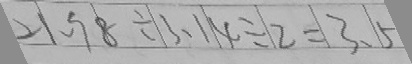
2 1 . 9 8 \div 3 . 1 4 \div 2 = 3 . 5